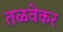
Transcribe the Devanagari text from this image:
तळवेकर